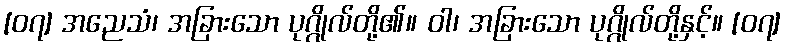
[၀၇] အညေသံ၊ အခြားသော ပုဂ္ဂိုလ်တို့၏။ ဝါ၊ အခြားသော ပုဂ္ဂိုလ်တို့နှင့်။ [၀၇]